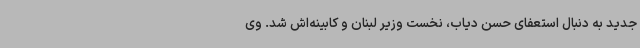
جدید به دنبال استعفای حسن دیاب، نخست وزیر لبنان و کابینه‌اش شد. وی